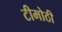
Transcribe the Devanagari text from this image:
टीमोठी